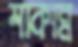
শাকান্ন